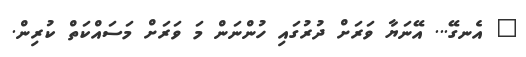
" އެނގޭ... އޭނަޔާ ވަރަށް ދުރުގައި ހުންނަން މަ ވަރަށް މަސައްކަތް ކުރިން.